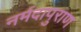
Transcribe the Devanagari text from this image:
नर्मदापुराण